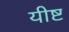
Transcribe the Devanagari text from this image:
यीष्ट